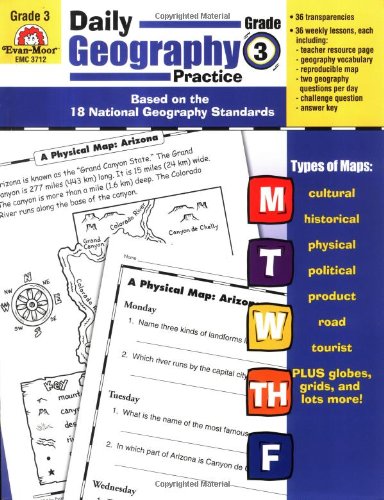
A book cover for Daily Geography Practice ,Grade 3; Sandi Johnson; Science & Math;